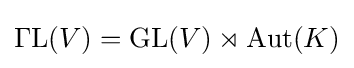
\operatorname {\Gamma L} (V)=\operatorname {GL} (V)\rtimes \operatorname {Aut} (K)